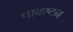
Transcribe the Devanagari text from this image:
पाक्स्टन